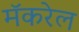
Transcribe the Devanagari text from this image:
मॅकरेल